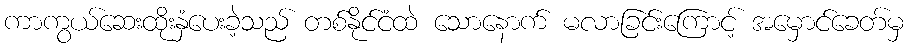
ကာကွယ်ဆေးထိုးနှံပေးခဲ့သည် တစ်နိုင်ငံထဲ သောနောက် မလာခြင်းကြောင့် အမှောင်ခေတ်မှ